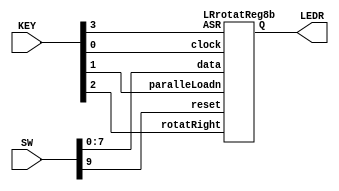
`timescale 1ns / 1ns 

module Lab4p3(SW, KEY, LEDR);
	input [9:0] SW;
	input [3:0] KEY;
	output [7:0] LEDR;
	
	LRrotatReg8b LR8b(SW[7:0],   KEY[1],  KEY[2],      KEY[3], KEY[0], SW[9], LEDR[7:0]);
	//                 data   paralleLoadn rotatRight  ASR     clock   reset      Q
	
endmodule


//positive edge trigered active-high reset D-flipflop
module flipfloph(D, clock, reset, Q);
	input D;
	input clock;
	input reset;
	output Q;
	
	reg Q;
	
	always@(posedge clock)
	begin
		if (reset == 1'b1)
			Q = 0;
		else 
			Q = D;
	end
endmodule


//1 bit left/right rotatibg register
module LRrotatReg(D, left, right, loadL, loadn, clock, reset, Q);
	input D;
	input left;
	input right;
	input loadL;
	input loadn;
	input clock;
	input reset;
	output Q;
	wire w0;
	wire shift;
	
	assign w0 = (loadn) ? shift : D;
	assign shift = (loadL) ? left :right;
	
	flipfloph FF0(w0, clock, reset, Q);
            //   D  clock  reset  Q
endmodule


module LRrotatReg8b(data, paralleLoadn, rotatRight, ASR, clock, reset, Q);
	input [7:0] data;
	input paralleLoadn;
	input rotatRight;
	input clock;
	input reset;
	input ASR;
	output [7:0] Q;
	
	wire w0;
	wire w7;
	
	assign w0 = (ASR) ? Q[7] : Q[0];
	assign w7 = (ASR) ? Q[0] : Q[7];

	
	//                 D   left right     loadL        loadn      clock  reset   Q
	LRrotatReg LR0(data[0], Q[1], w7, rotatRight, paralleLoadn, clock, reset, Q[0]);
	
	LRrotatReg LR1(data[1], Q[2], Q[0], rotatRight, paralleLoadn, clock, reset, Q[1]);
	
	LRrotatReg LR2(data[2], Q[3], Q[1], rotatRight, paralleLoadn, clock, reset, Q[2]);
	
	LRrotatReg LR3(data[3], Q[4], Q[2], rotatRight, paralleLoadn, clock, reset, Q[3]);
	
	LRrotatReg LR4(data[4], Q[5], Q[3], rotatRight, paralleLoadn, clock, reset, Q[4]);
	
	LRrotatReg LR5(data[5], Q[6], Q[4], rotatRight, paralleLoadn, clock, reset, Q[5]);
	
	LRrotatReg LR6(data[6], Q[7], Q[5], rotatRight, paralleLoadn, clock, reset, Q[6]);
	
	LRrotatReg LR7(data[7], w0, Q[6], rotatRight, paralleLoadn, clock, reset, Q[7]);
endmodule